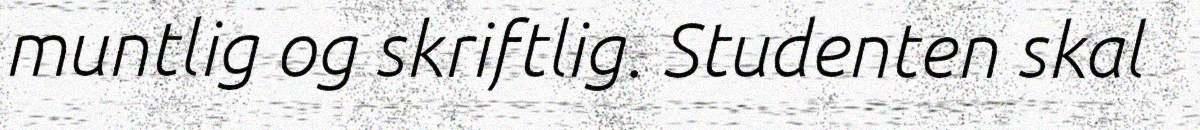
muntlig og skriftlig. Studenten skal